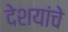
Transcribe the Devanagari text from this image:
देशयांचे